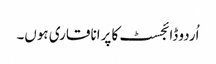
اُردو ڈائجسٹ کا پرانا قاری ہوں۔